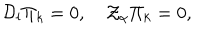
{ \cal D } _ { l } \Pi _ { k } = 0 , \quad { \cal Z } _ { \alpha } \Pi _ { k } = 0 ,